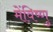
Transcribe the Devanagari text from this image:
मेंविष्णु